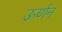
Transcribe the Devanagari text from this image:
ऊर्णन